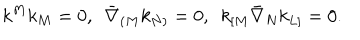
k ^ { M } k _ { M } = 0 , ~ ~ \bar { \nabla } _ { ( M } k _ { N ) } = 0 , ~ ~ k _ { [ M } \bar { \nabla } _ { N } k _ { L ] } = 0 .